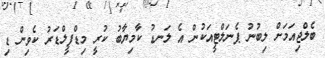
ބެލްޖިއަމަށް ލިބުނު ޕެނަލްޓީއަކުން އެ ލަނޑު ކާމިޔާބު ކުރީ މިޑްފީލްޑަރު ކެވިން ޑި